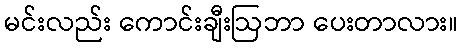
မင်းလည်း ကောင်းချီးဩဘာ ပေးတာလား။